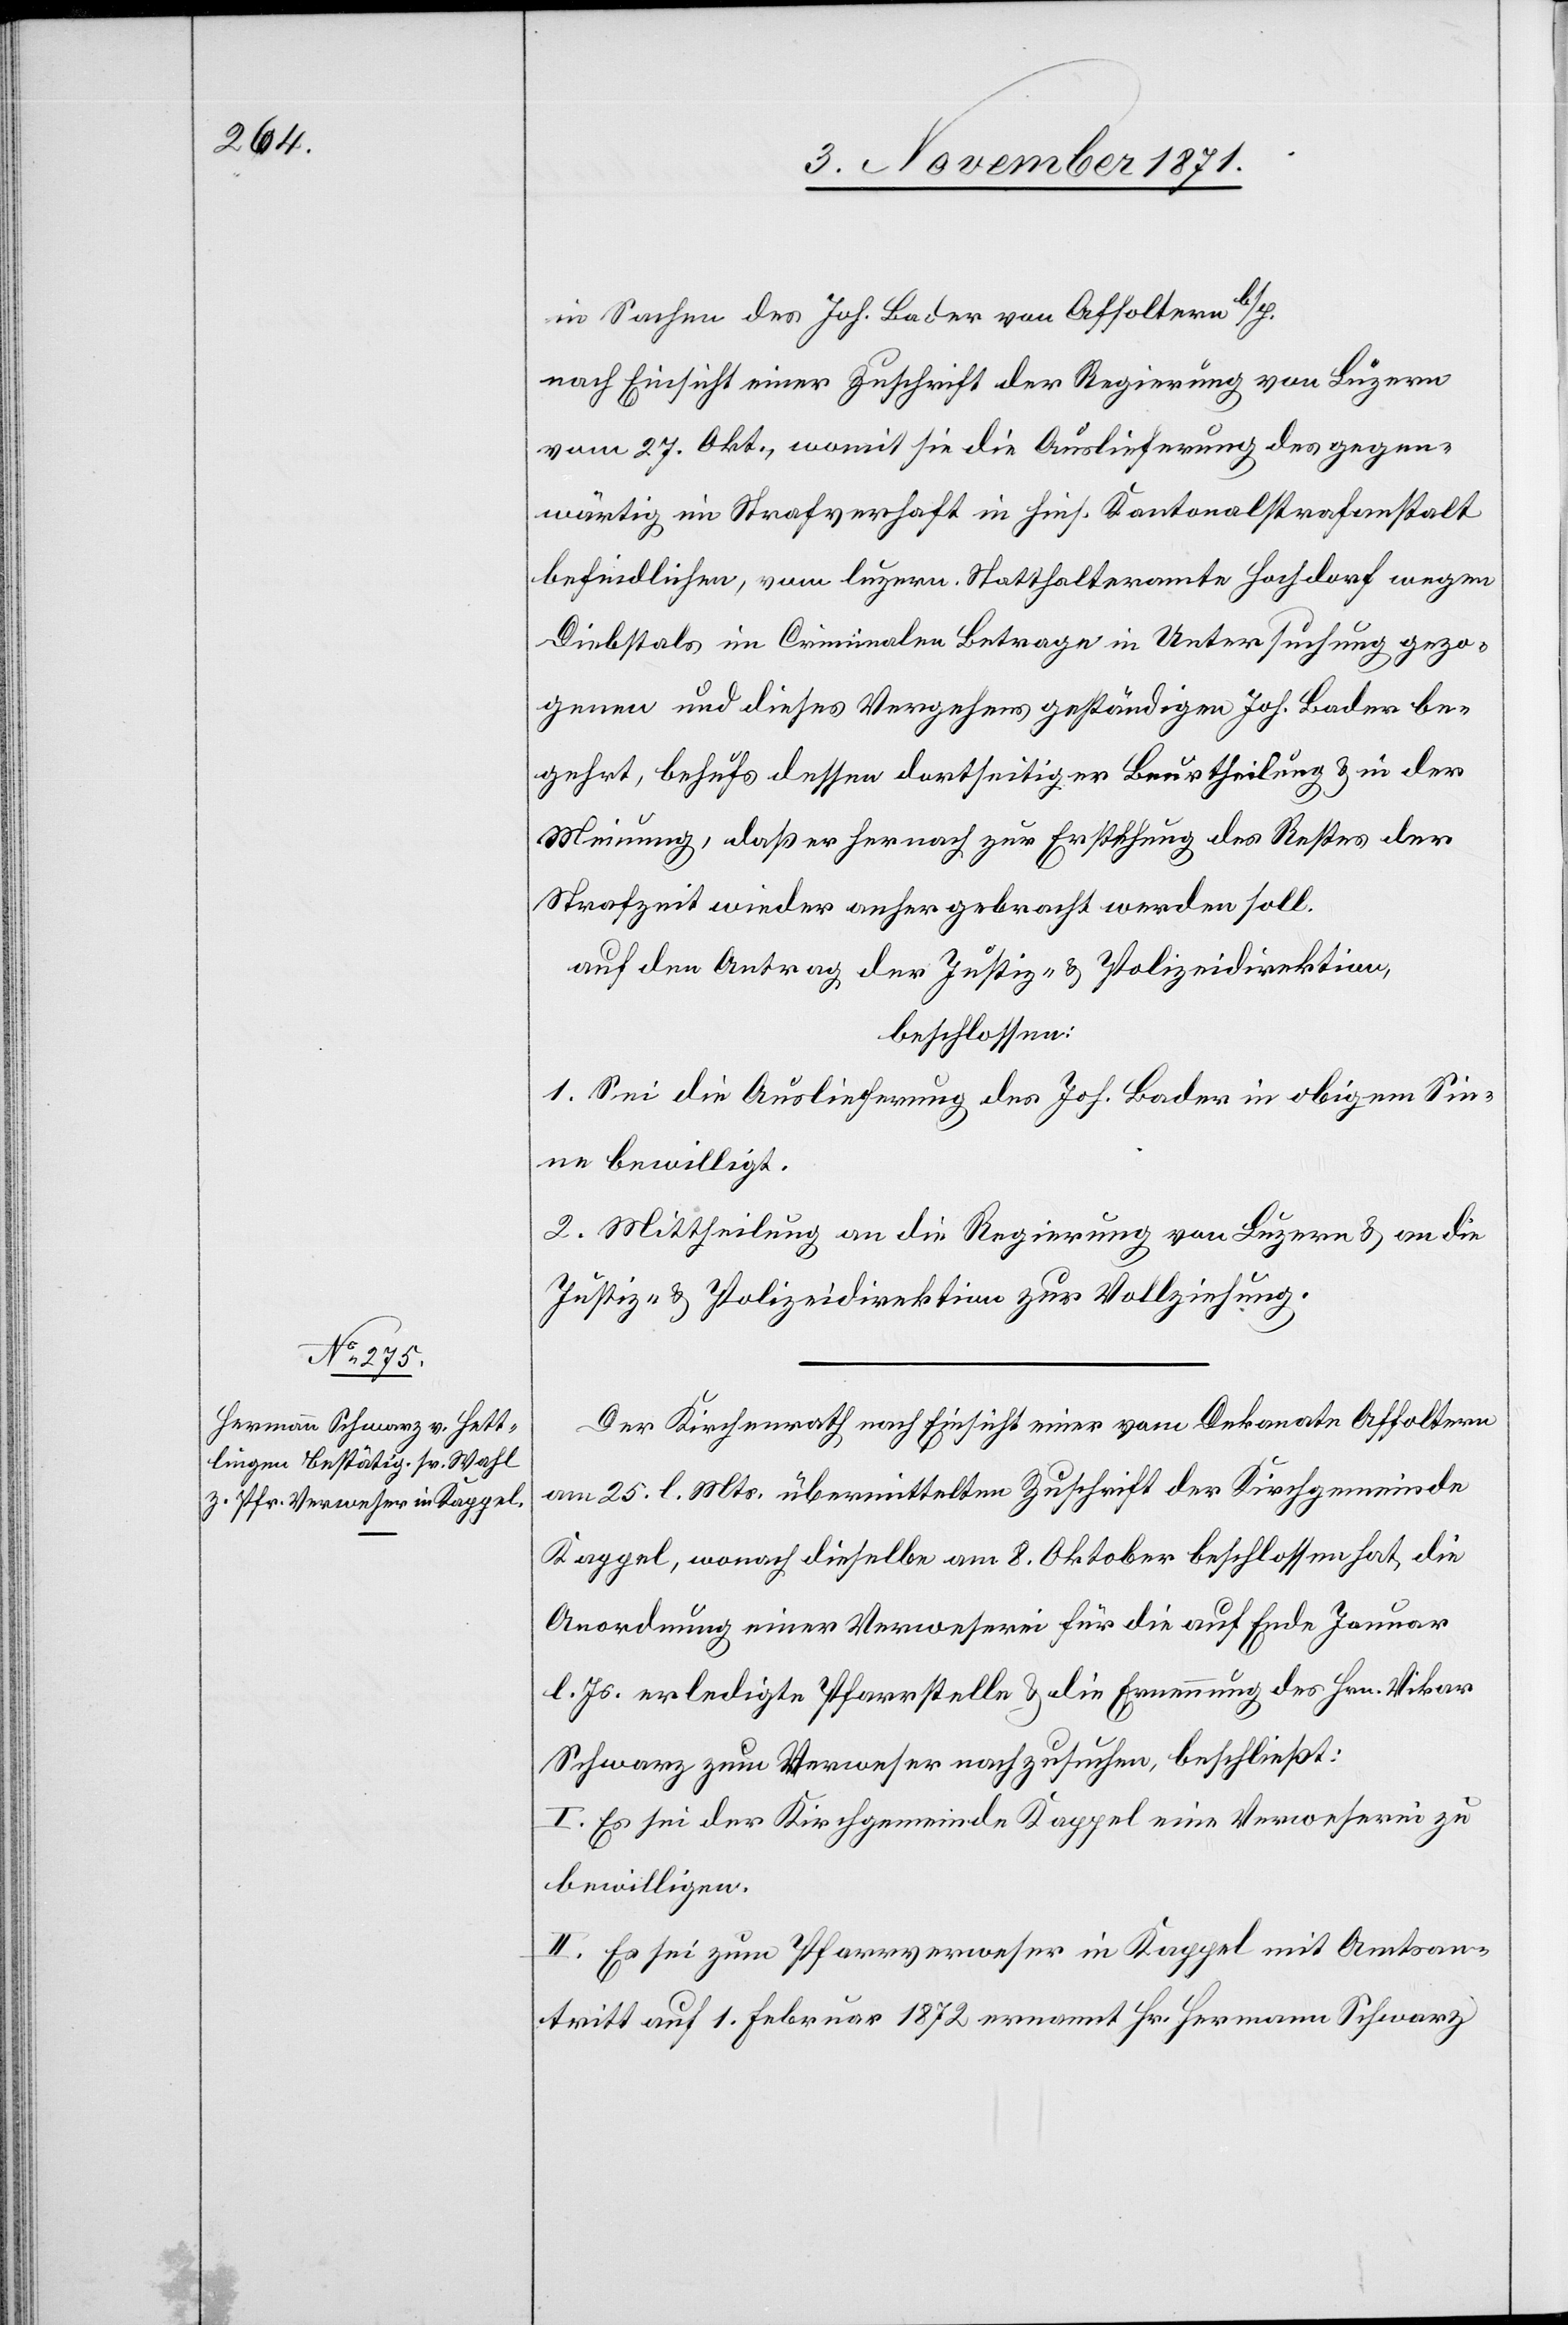
in Sachen des Joh. Bader von Affoltern b/H.
nach Einsicht einer Zuschrift der Regierung von Luzern
vom 27. Okt., womit sie die Auslieferung des gegen¬
wärtig im Strafverhaft in hies. Kantonalstrafanstalt
befindlichen, vom luzern. Statthalteramte Hochdorf wegen
Diebstals im Criminalen Betrage in Untersuchung gezo¬
genen und dieses Vergehens geständigen Joh. Bader be¬
gehrt, behufs dessen dortseitiger Beurtheilung & in der
Meinung, daß er hernach zur Erstehung des Restes der
Strafzeit wieder anher gebracht werden soll.
auf den Antrag der Justiz- & Polizeidirektion,
beschlossen:
1. Sei die Auslieferung des Joh. Bader in obigem Sin¬
ne bewilligt.
2. Mittheilung an die Regierung von Luzern & an die
Justiz- & Polizeidirektion zur Vollziehung.
Der Kirchenrath nach Einsicht einer vom Dekanate Affoltern
am 25. l. Mts. übermittelten Zuschrift der Kirchgemeinde
Kappel, wonach dieselbe am 8. Oktober beschlossen hat, die
Anordnung einer Verweserei für die auf Ende Januar
l. Js. erledigte Pfarrstelle & die Ernennung des Hrn. Vikar
Schwarz zum Verweser nachzusuchen, beschließt:
I. Es sei der Kirchgemeinde Kappel eine Verweserei zu
bewilligen.
II. Es sei zum Pfarrverweser in Kappel mit Amtsan¬
tritt auf 1. Februar 1872 ernannt Hr. Hermann Schwarz